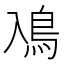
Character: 鳰